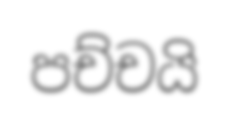
පච්චයි